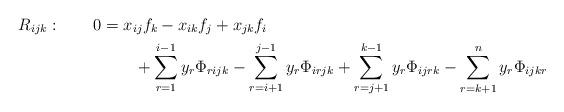
LaTeX: \begin{align*}R_{i j k}:\qquad0&= x_{i j}f_k - x_{i k}f_j + x_{j k}f_i \\&\qquad+ \sum_{r=1}^{i-1} y_r \Phi_{ r i j k } - \sum_{r=i+1}^{j-1} y_r \Phi_{ i r j k } + \sum_{r=j+1}^{k-1} y_r \Phi_{ i j r k } - \sum_{r=k+1}^{n} y_r \Phi_{ i j k r } \end{align*}